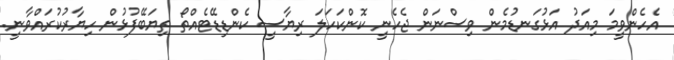
އެހެންވީމަ މިއަދު އަޅުގަނޑުމެން ވިސްނަން ޖެހެނީ ކޮންކަހަލަ ރިޔާސީ ކެންޑިޑޭޓެއްތޯ ތިޔަބޭފުޅުން ހިޔާރުކުރައްވާނީ.